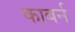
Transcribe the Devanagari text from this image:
काबर्न